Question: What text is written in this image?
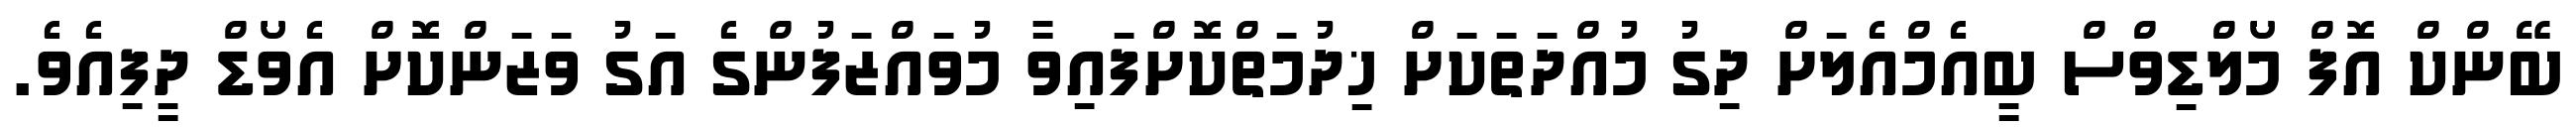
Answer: ބޭންކް އޮފް މޯލްޑިވްސް ބީއެމްއެލަށް ދިގު މުއްދަތަކަށް ޚިދުމަތްކޮށްފައިވާ މުވައްޒަފުންގެ އަގު ވަޒަންކޮށް އެވޯޑް ދީފިއެވެ.